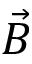
\vec { B }